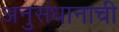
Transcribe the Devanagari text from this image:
अनुसंधानाची